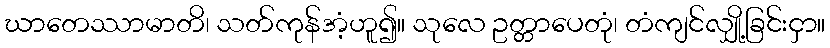
ဃာတေဿာမာတိ၊ သတ်ကုန်အံ့ဟူ၍။ သုလေ ဥတ္တာပေတုံ၊ တံကျင်လျှို့ခြင်းငှာ။